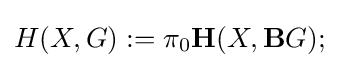
H(X,G):=\pi _{0}\mathbf {H} (X,\mathbf {B} G);